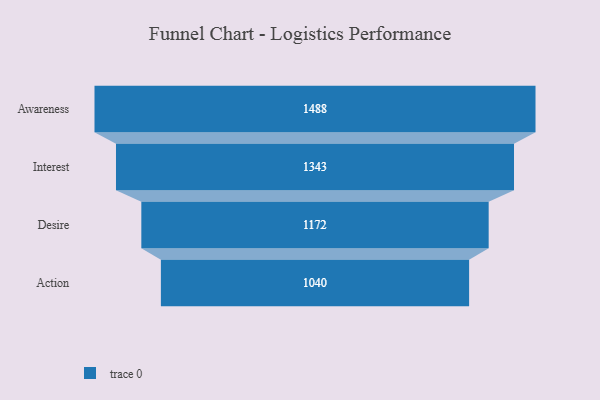
{"axis": {"x": "Stage", "y": "Value"}, "legend": [""], "data": [{"x": "Awareness", "y": 1488.0, "type": ""}, {"x": "Interest", "y": 1343.0, "type": ""}, {"x": "Desire", "y": 1172.0, "type": ""}, {"x": "Action", "y": 1040.0, "type": ""}]}